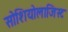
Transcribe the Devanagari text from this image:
सोशियोलाजिस्ट